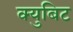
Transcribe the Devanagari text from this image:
क्युबिट